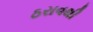
ઠરાવથી